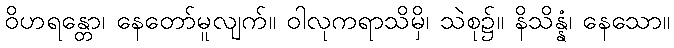
ဝိဟရန္တော၊ နေတော်မူလျက်။ ဝါလုကရာသိမှိ၊ သဲစု၌။ နိသိန္နံ၊ နေသော။